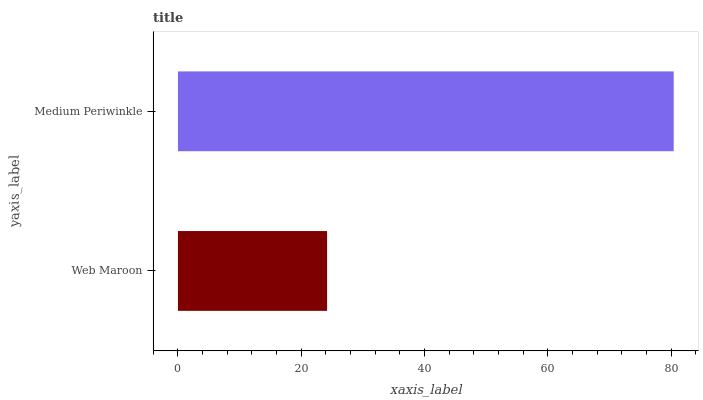
| yaxis_label | bars |
 | --- | --- |
 | Web Maroon | 24.2 |
 | Medium Periwinkle | 80.4 |